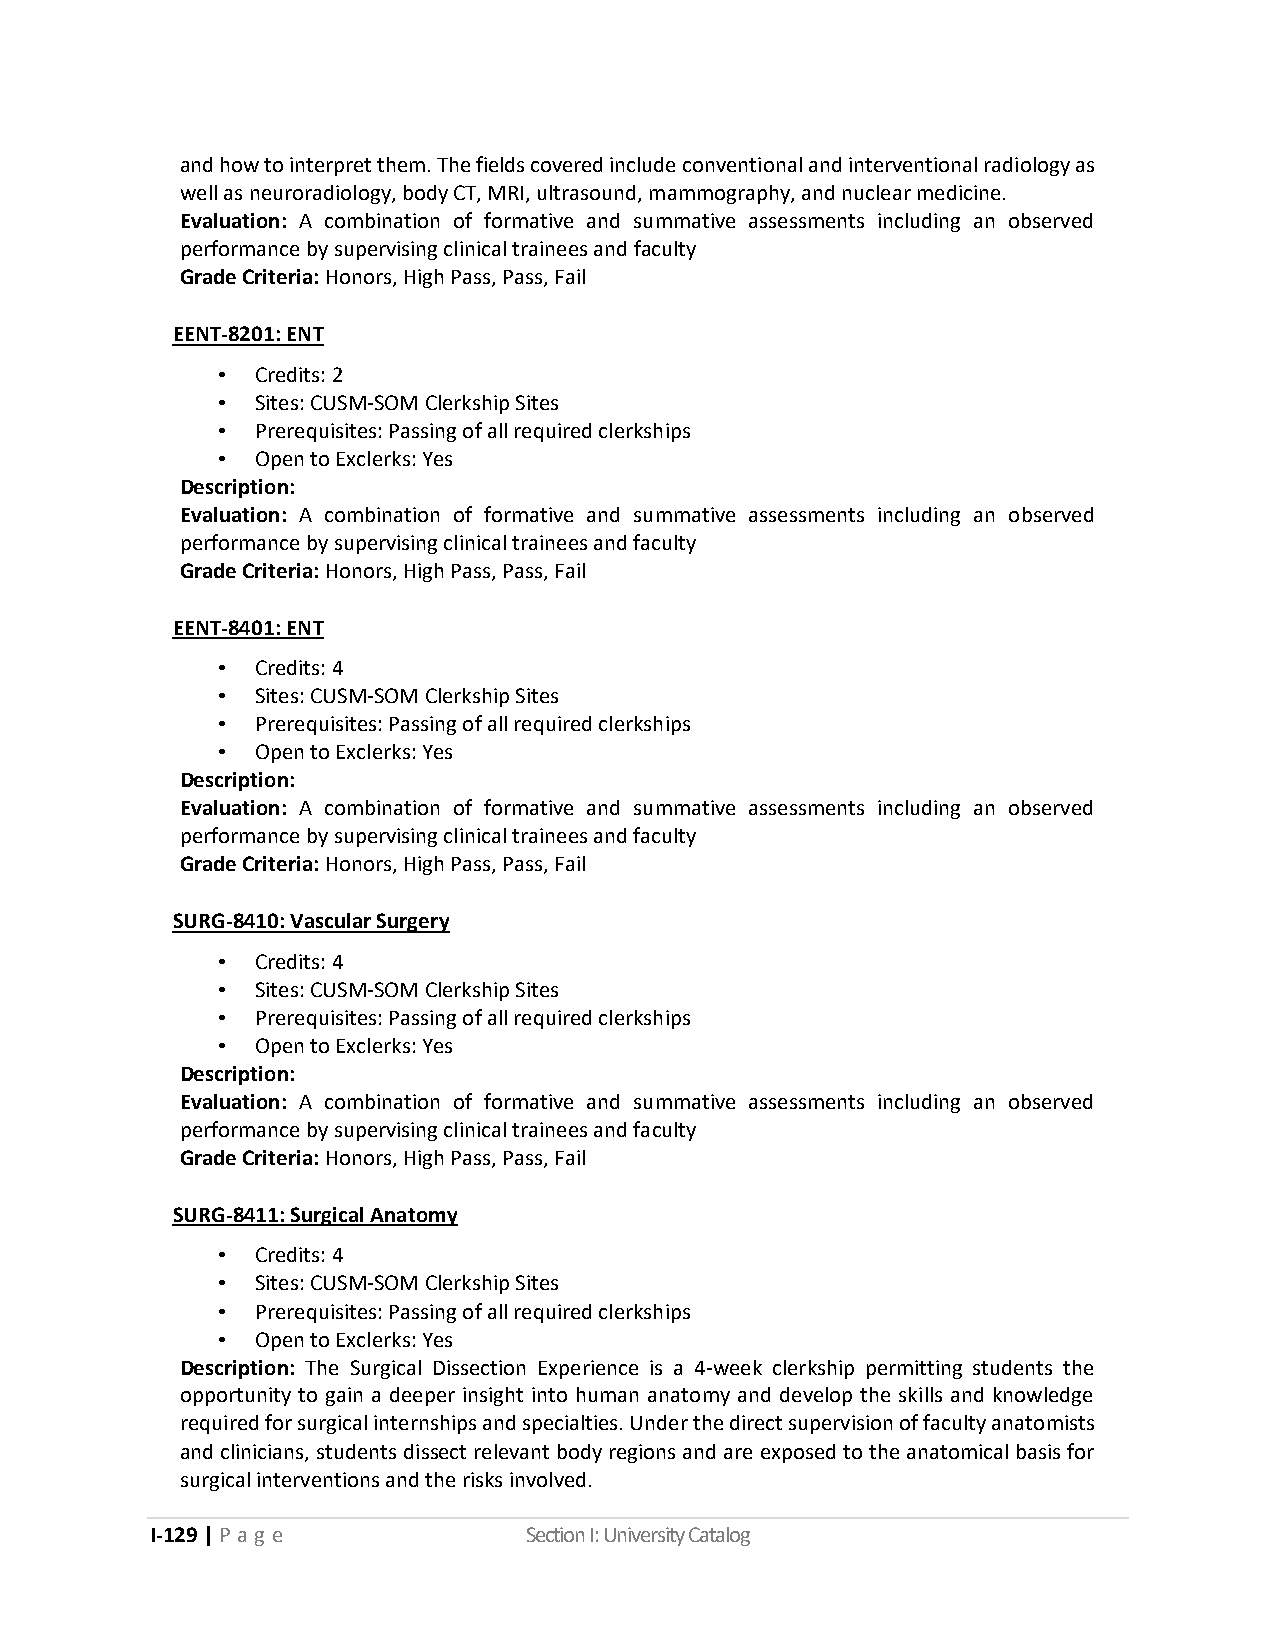
and how to interpret them. The fields covered include conventional and interventional radiology as
 well as neuroradiology, body CT, MRI, ultrasound, mammography, and nuclear medicine.
 Evaluation: A combination of formative and summative assessments including an observed
 performance by supervising clinical trainees and faculty
 Grade Criteria: Honors, High Pass, Pass, Fail
 EENT-8201: ENT
 •  Credits: 2
 •  Sites: CUSM-SOM Clerkship Sites
 •  Prerequisites: Passing of all required clerkships
 •  Open to Exclerks: Yes
 Description:
 Evaluation: A combination of formative and summative assessments including an observed
 performance by supervising clinical trainees and faculty
 Grade Criteria: Honors, High Pass, Pass, Fail
 EENT-8401: ENT
 •  Credits: 4
 •  Sites: CUSM-SOM Clerkship Sites
 •  Prerequisites: Passing of all required clerkships
 •  Open to Exclerks: Yes
 Description:
 Evaluation: A combination of formative and summative assessments including an observed
 performance by supervising clinical trainees and faculty
 Grade Criteria: Honors, High Pass, Pass, Fail
 SURG-8410: Vascular Surgery
 •  Credits: 4
 •  Sites: CUSM-SOM Clerkship Sites
 •  Prerequisites: Passing of all required clerkships
 •  Open to Exclerks: Yes
 Description:
 Evaluation: A combination of formative and summative assessments including an observed
 performance by supervising clinical trainees and faculty
 Grade Criteria: Honors, High Pass, Pass, Fail
 SURG-8411: Surgical Anatomy
 •  Credits: 4
 •  Sites: CUSM-SOM Clerkship Sites
 •  Prerequisites: Passing of all required clerkships
 •  Open to Exclerks: Yes
 Description: The Surgical Dissection Experience is a 4-week clerkship permitting students the
 opportunity to gain a deeper insight into human anatomy and develop the skills and knowledge
 required for surgical internships and specialties. Under the direct supervision of faculty anatomists
 and clinicians, students dissect relevant body regions and are exposed to the anatomical basis for
 surgical interventions and the risks involved.
 I-129 | P a g e          Section I: University Catalog